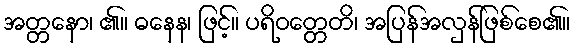
အတ္တနော၊ ၏။ ဓနေန၊ ဖြင့်။ ပရိဝတ္တေတိ၊ အပြန်အလှန်ဖြစ်စေ၏။